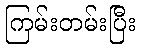
ကြမ်းတမ်းပြီး